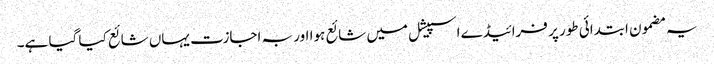
یہ مضمون ابتدائی طور پر فرائیڈے اسپیشل میں شائع ہوا اور بہ اجازت یہاں شائع کیا گیا ہے۔